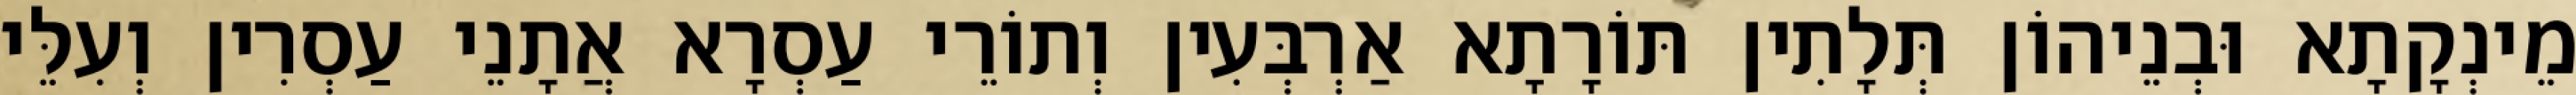
מֵינְקָתָא וּבְנֵיהוֹן תְּלָתִין תּוֹרָתָא אַרְבְּעִין וְתוֹרֵי עַסְרָא אֲתָנֵי עַסְרִין וְעִלֵּי